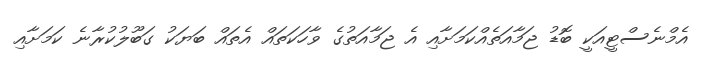
އެމްނެސްޓީއަކީ ބޮޑު ޖަމާއަތެއްކަމަށާއި އެ ޖަމާއަތުގެ ވާހަކަތައް އެތައް ބަޔަކު ގަބޫލުކުރާނެ ކަމަށާއި